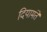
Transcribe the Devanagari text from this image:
दियामंते